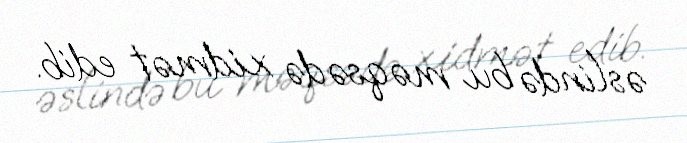
əslində bu məqsədə xidmət edib.